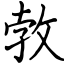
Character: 㪍